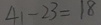
4 1 - 2 3 = 1 8